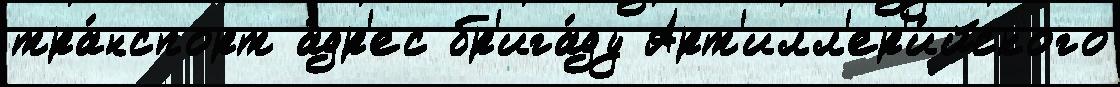
тра́нспорт а́др'ес бр'ига́ду Арт'илл'ер'и́йского